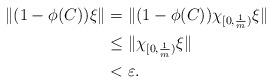
LaTeX: \begin{align*} \|(1-\phi(C))\xi\| &= \|(1-\phi(C))\chi_{[0,\frac{1}{m})}\xi\|\\ &\leq \|\chi_{[0,\frac{1}{m})}\xi\|\\ &< \varepsilon. \end{align*}